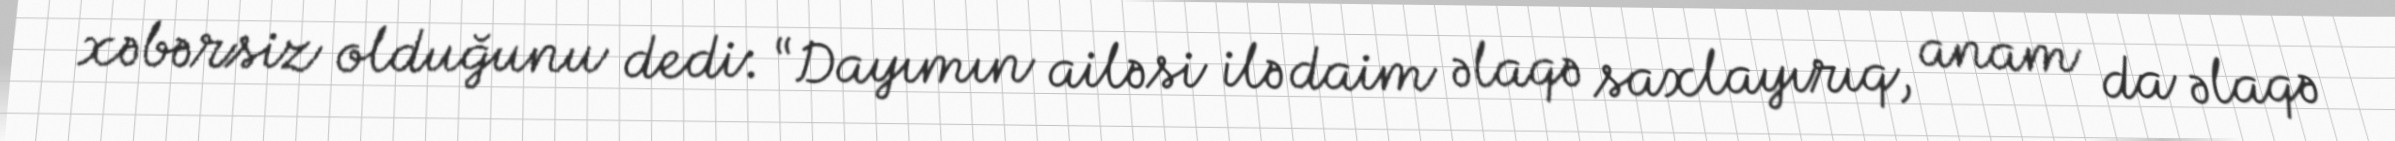
xəbərsiz olduğunu dedi: “Dayımın ailəsi ilə daim əlaqə saxlayırıq, anam da əlaqə